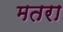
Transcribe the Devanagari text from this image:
मतरा